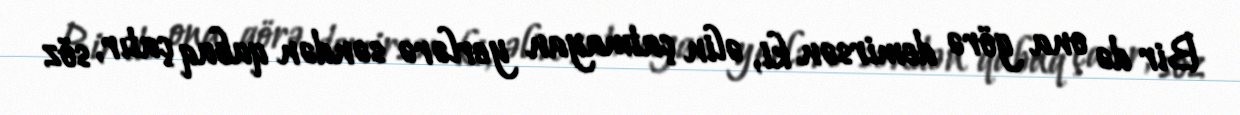
Bir də ona görə demirsən ki, əlin çatmayan yerlərə səndən qabaq çatır, söz